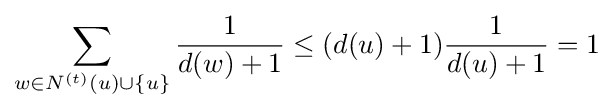
\sum _{w\in N^{(t)}(u)\cup \{u\}}{\frac {1}{d(w)+1}}\leq (d(u)+1){\frac {1}{d(u)+1}}=1